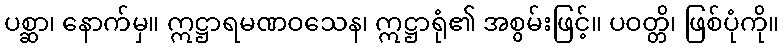
ပစ္ဆာ၊ နောက်မှ။ ဣဋ္ဌာရမဏဝသေန၊ ဣဋ္ဌာရုံ၏ အစွမ်းဖြင့်။ ပဝတ္တိ၊ ဖြစ်ပုံကို။